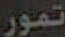
تمور